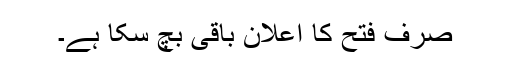
صرف فتح کا اعلان باقی بچ سکا ہے۔